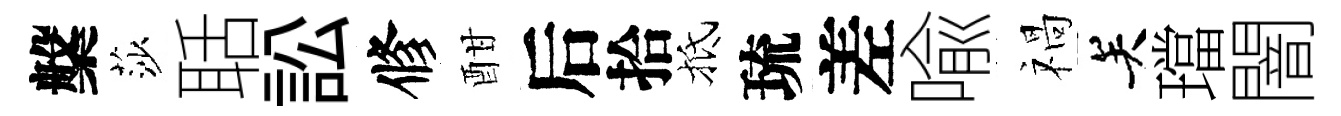
槃莎聒訟修酣后拾抵琉差喩禍关璫闇